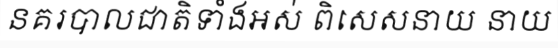
នគរបាលជាតិទាំងអស់ ពិសេសនាយ នាយ